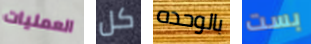
العمليات كل بالوحده بست